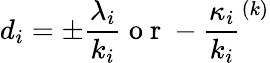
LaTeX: d_{i}=\pm\frac{\lambda_{i}}{k_{i}}\mathrm{~o~r~}-\frac{\kappa_{i}}{k_{i}}^{(k)}